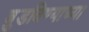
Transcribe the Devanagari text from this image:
बुडविण्याच्या